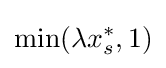
\min(\lambda x_{s}^{*},1)